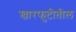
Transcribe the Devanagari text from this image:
खारफुटीतील